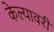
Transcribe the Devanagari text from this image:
केल्यावरी